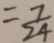
= \frac { 7 } { 2 4 }